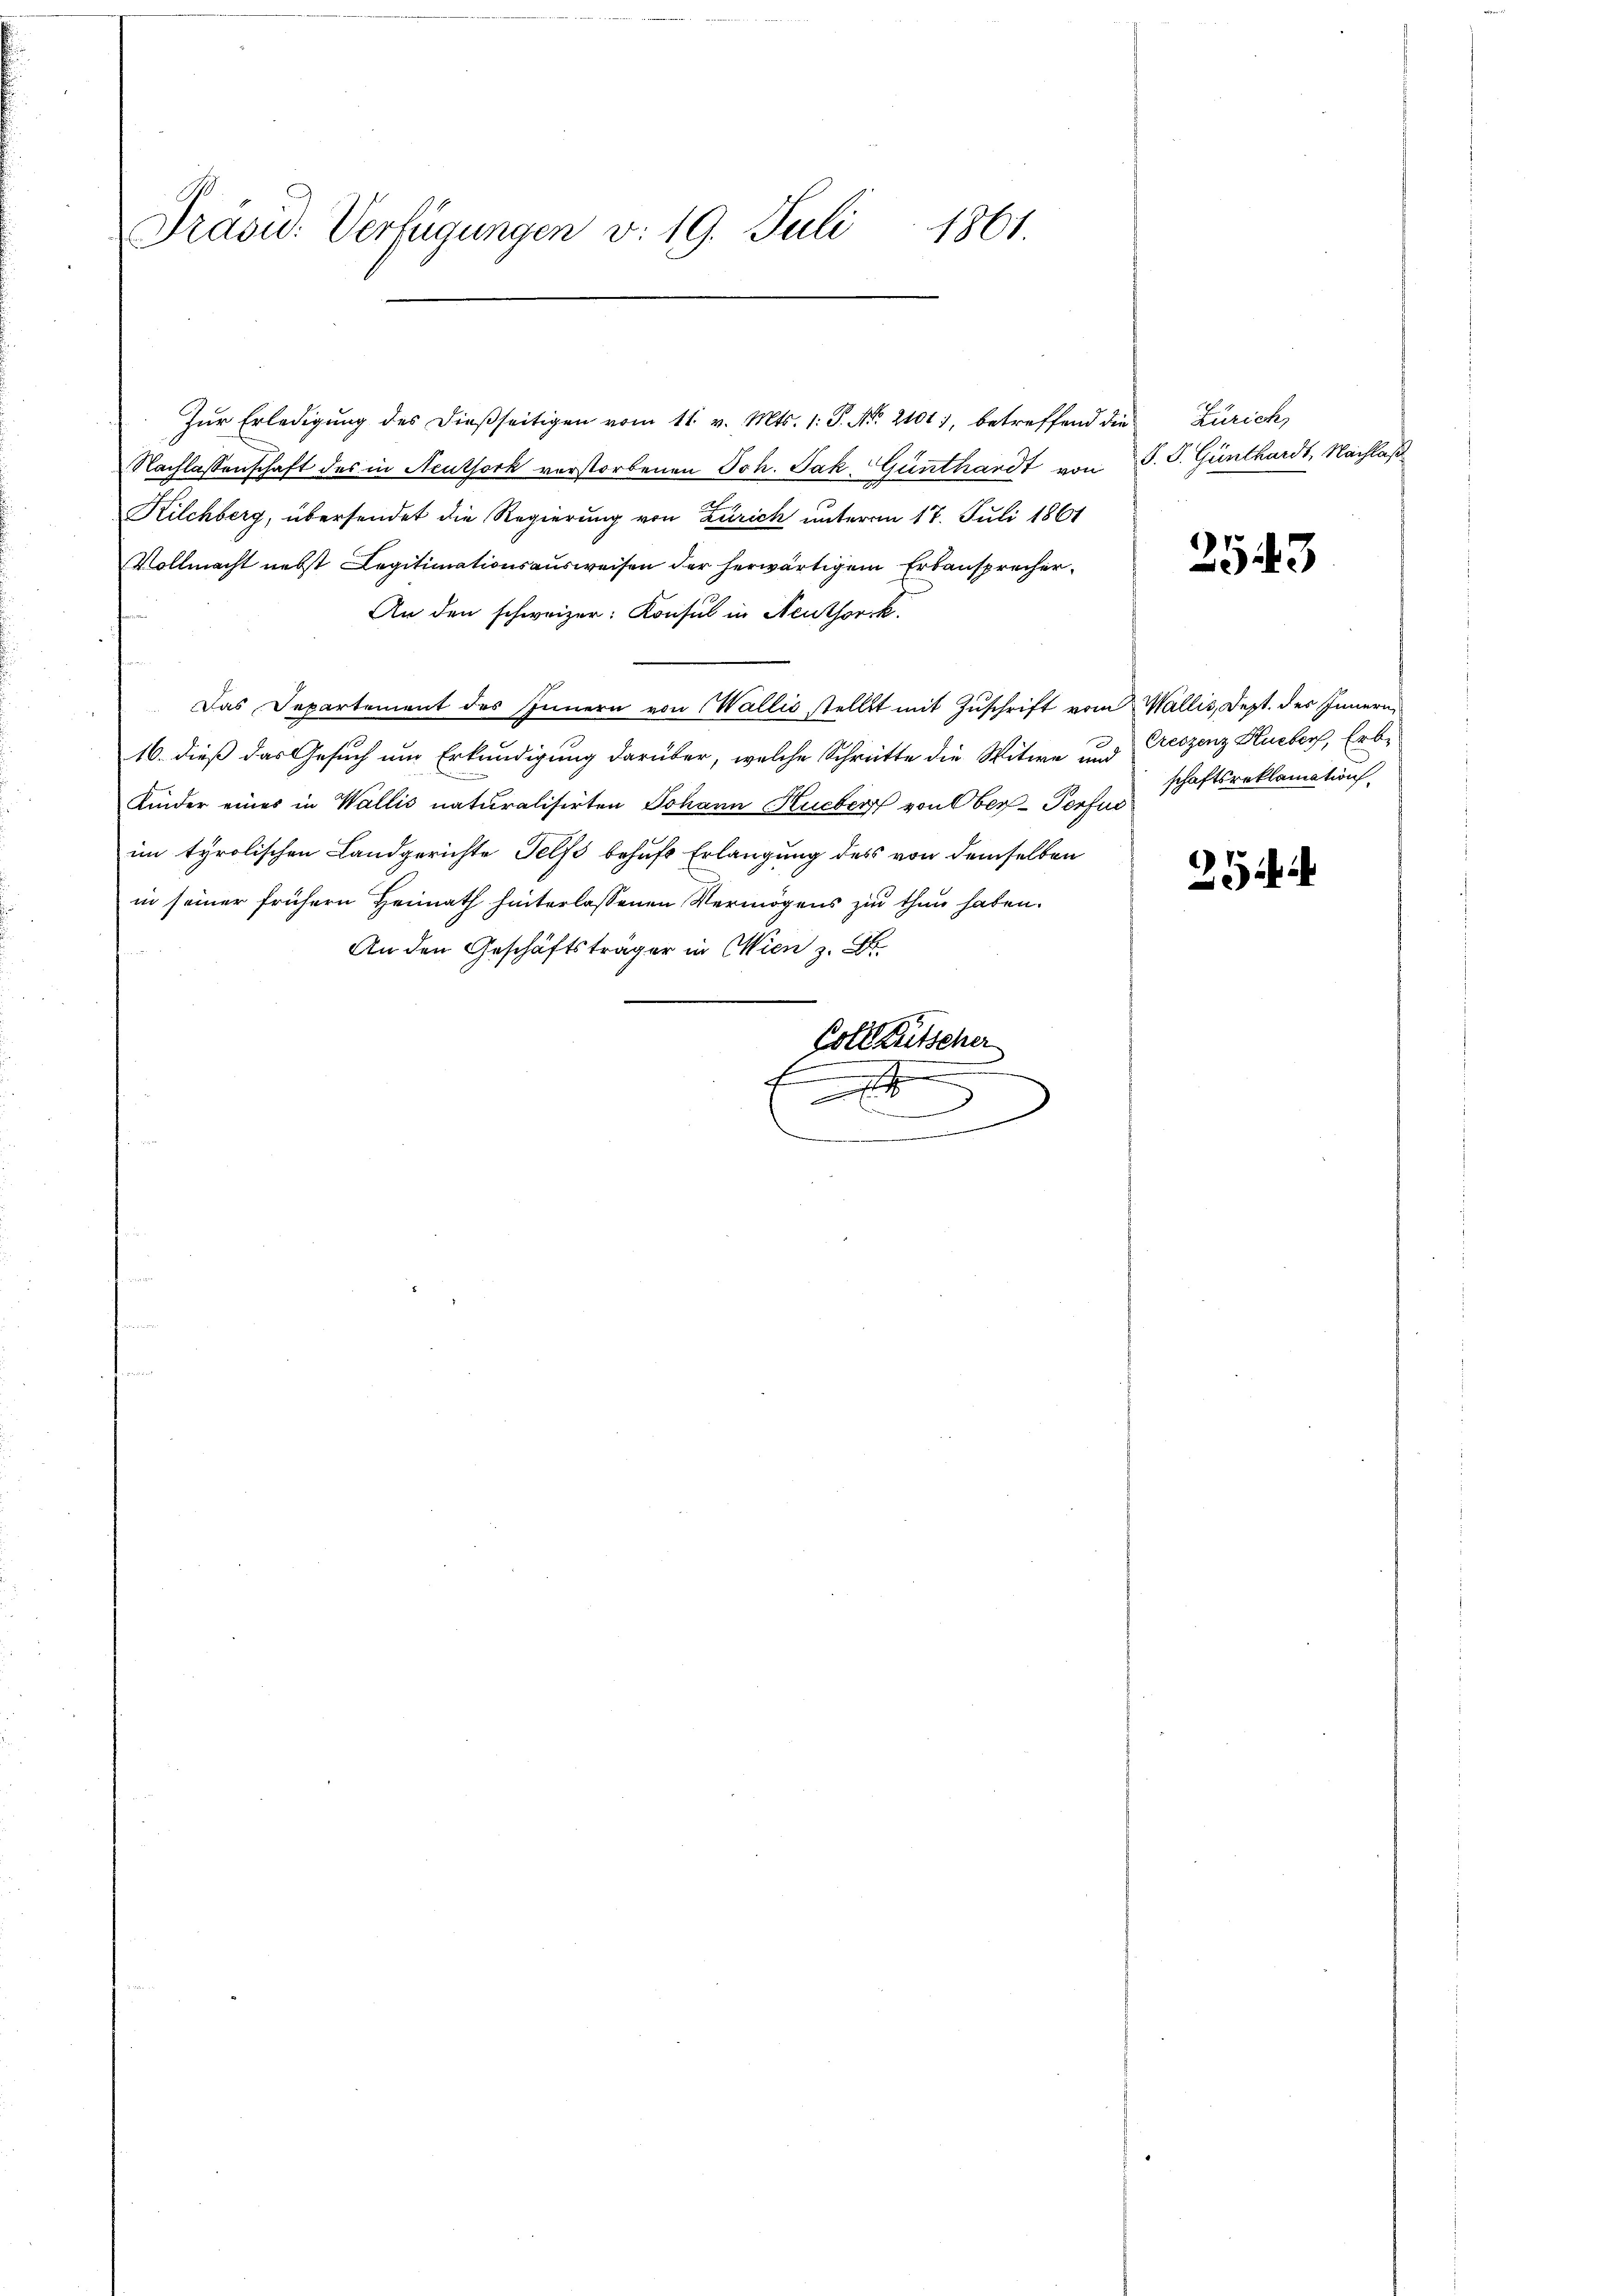
Präsid. Verfügungen v. 19. Juli 1861.

Zŭr Erledigŭng des dießseitigen vom 11. v. Mts. 1. P. Nr. 2101, betreffend die Zürich
Nachlassenschaft des in Neuthork verstorbenen Joh. Jak. Günthardt von P. P. Günthardt, Nachlaß
Kilchberg, übersendet die Regierung von Zürich unterm 17. Juli 1861
Vollmacht nebst Legitimationsausweisen der herwärtigem Erbansprecher¬
An den schweizer: Konsul in Neuthorck.
Das Departement des Innern von Wallis stellt mit Zŭschrift vom Wallis, Dept. des Innern,
16. dieß das Gesuch um Erkundigung darüber, welche Schritte die Witwe und
Kinder eines in Wallis naturalisirten Johann Hueber von Ober-Porfes schaftsreklamatung
im tyrolischen Landgerichte Telfs behufs Erlangung des von demselben
in seiner frühern Heimath hinterlassenen Vermögens zu thun haben.
An den Geschäftsträger in Wien z. B.
Coldkutscher
.
f
e
u
x

2543

Creszenz Hueber, Erbe

254